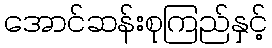
အောင်ဆန်းစုကြည်နှင့်